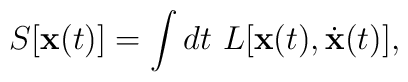
S[\mathbf{x}(t)] = \int dt~ L[\mathbf{x}(t), \dot{\mathbf{x}}(t)],